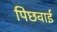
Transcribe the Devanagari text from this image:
पिछवाई